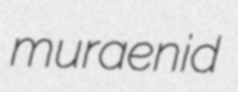
muraenid